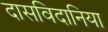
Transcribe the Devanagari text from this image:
दासविदानिया